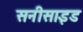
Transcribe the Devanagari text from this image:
सनीसाइड